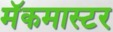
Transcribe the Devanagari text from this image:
मॅकमास्टर